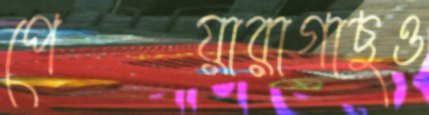
পেয়ারাগাছও